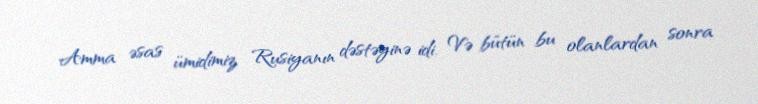
Amma əsas ümidimiz Rusiyanın dəstəyinə idi. Və bütün bu olanlardan sonra